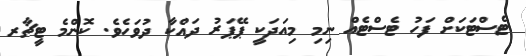
ޓެސްޓަކަށް ފަހު ޓެސްޓެއް ނިމި މިއަދަކީ ޕޭޕަރު ދައްކާ ދުވަހެވެ. ކޮންމެ ޓީޗާރ